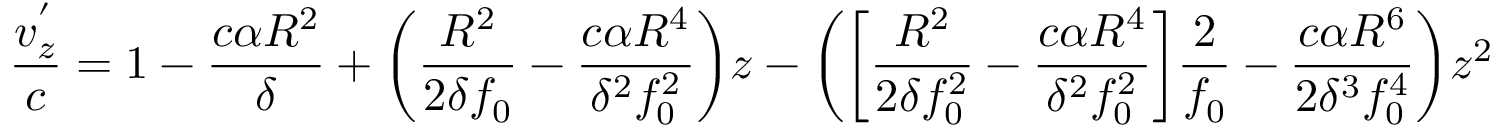
\frac { v _ { z } ^ { ' } } { c } = 1 - \frac { c \alpha R ^ { 2 } } { \delta } + \bigg ( \frac { R ^ { 2 } } { 2 \delta f _ { 0 } } - \frac { c \alpha R ^ { 4 } } { \delta ^ { 2 } f _ { 0 } ^ { 2 } } \bigg ) z - \bigg ( \bigg [ \frac { R ^ { 2 } } { 2 \delta f _ { 0 } ^ { 2 } } - \frac { c \alpha R ^ { 4 } } { \delta ^ { 2 } f _ { 0 } ^ { 2 } } \bigg ] \frac { 2 } { f _ { 0 } } - \frac { c \alpha R ^ { 6 } } { 2 \delta ^ { 3 } f _ { 0 } ^ { 4 } } \bigg ) z ^ { 2 }